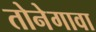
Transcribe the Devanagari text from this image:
तोनेगावा